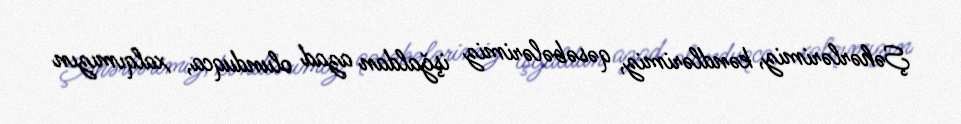
Şəhərlərimiz, kəndlərimiz, qəsəbələrimiz işğaldan azad olunduqca, xalqımızın